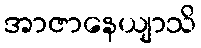
အာဇာနေယျာသိ